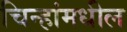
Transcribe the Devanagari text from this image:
चिन्हांमधील